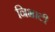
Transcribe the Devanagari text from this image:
निभाटी